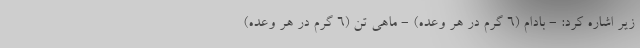
زیر اشاره کرد: - بادام (6 گرم در هر وعده) - ماهی تن (6 گرم در هر وعده)